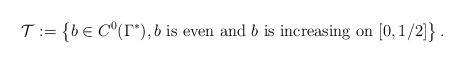
LaTeX: \begin{align*}\mathcal{T}:= \left\{ b \in C^0(\Gamma^*), b \mbox{ is even and } b \mbox{ is increasing on }[0, 1/2]\right\}. \end{align*}